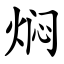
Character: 焖